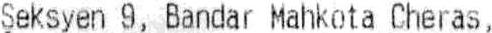
SEKSYEN 9, BANDAR MAHKOTA CHERAS,